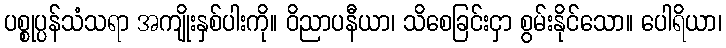
ပစ္စုပ္ပန်သံသရာ အကျိုးနှစ်ပါးကို။ ဝိညာပနီယာ၊ သိစေခြင်းငှာ စွမ်းနိုင်သော။ ပေါရိယာ၊